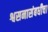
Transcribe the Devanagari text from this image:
श्वसनासंबधीचा